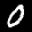
Label: 0